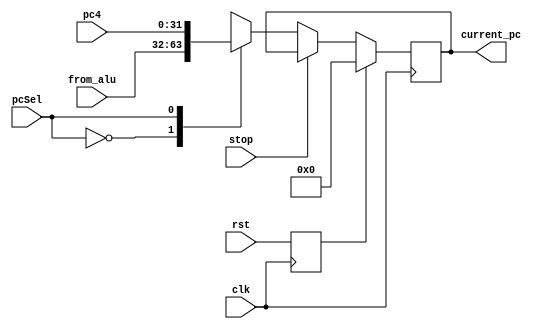
`timescale 1ns / 1ps
//////////////////////////////////////////////////////////////////////////////////
// Company: 
// Engineer: 
// 
// Design Name: 
// Module Name: PC
// Project Name: 
// Target Devices: 
// Tool Versions: 
// Description: 
// 
// Dependencies: 
// 
// Revision:
// Revision 0.01 - File Created
// Additional Comments:
// 
//////////////////////////////////////////////////////////////////////////////////


module PC(
    input                   clk,
    input                   rst,
    input                   stop,
    input       [31:0]      from_alu,    // 
    input       [31:0]      pc4,         // pc+4
    input                   pcSel,
    output reg  [31:0]      current_pc
    );
    
    reg[31:0]   next_pc;
    
    always @(*)begin
        case(pcSel)
            0:  next_pc = from_alu;
            1:  next_pc = pc4;
        endcase
    end
    
    reg rst_p;
    always @ (posedge clk) begin
        rst_p <= rst;
    end
    
    always @(posedge clk) begin
        if(rst_p) begin
            current_pc      <=  0;          // 0
        end else if(stop) begin
            current_pc     <=  current_pc;
        end else begin
            current_pc      <= next_pc;
        end      
    end
endmodule